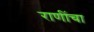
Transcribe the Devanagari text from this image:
राणींचा